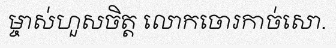
ម្ចាស់ហួសចិត្ត លោកចោរកាច់សោ.